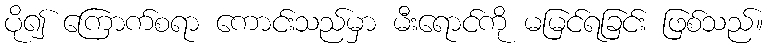
ပို၍ ကြောက်စရာ ကောင်းသည်မှာ မီးရောင်ကို မမြင်ရခြင်း ဖြစ်သည်။